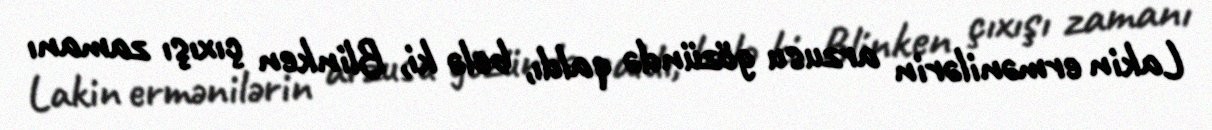
Lakin ermənilərin arzusu gözündə qaldı, belə ki, Blinken çıxışı zamanı